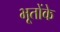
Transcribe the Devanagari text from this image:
भूतोंके